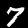
Digit: 7